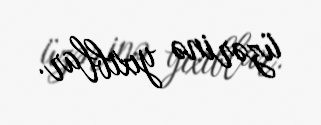
üzərinə yıxıblar.